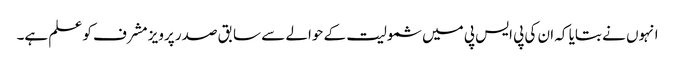
انہوں نے بتایا کہ ان کی پی ایس پی میں شمولیت کے حوالے سے سابق صدر پرویز مشرف کو علم ہے۔